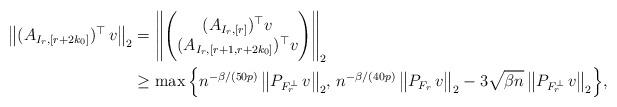
LaTeX: \begin{align*} \big\| (A_{I_r,[r+2k_0]})^\top \,v\big\|_2 &= \Bigg\| \Bigg( \begin{matrix} (A_{I_r,[r]})^\top v \\ (A_{I_r,[r+1,r+2k_0]})^\top v \end{matrix} \Bigg) \Bigg\|_2\\&\ge \max \Big\{ n^{-\beta/(50p)}\,\big\|P_{F_r^\perp}\,v\big\|_2 ,\, n^{-\beta/(40p)} \,\big\|P_{F_r}\,v\big\|_2 - 3\sqrt{\beta n} \,\big\|P_{F_r^\perp}\,v\big\|_2\Big\},\end{align*}